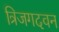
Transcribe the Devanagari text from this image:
त्रिजगदवन